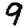
Digit: 9